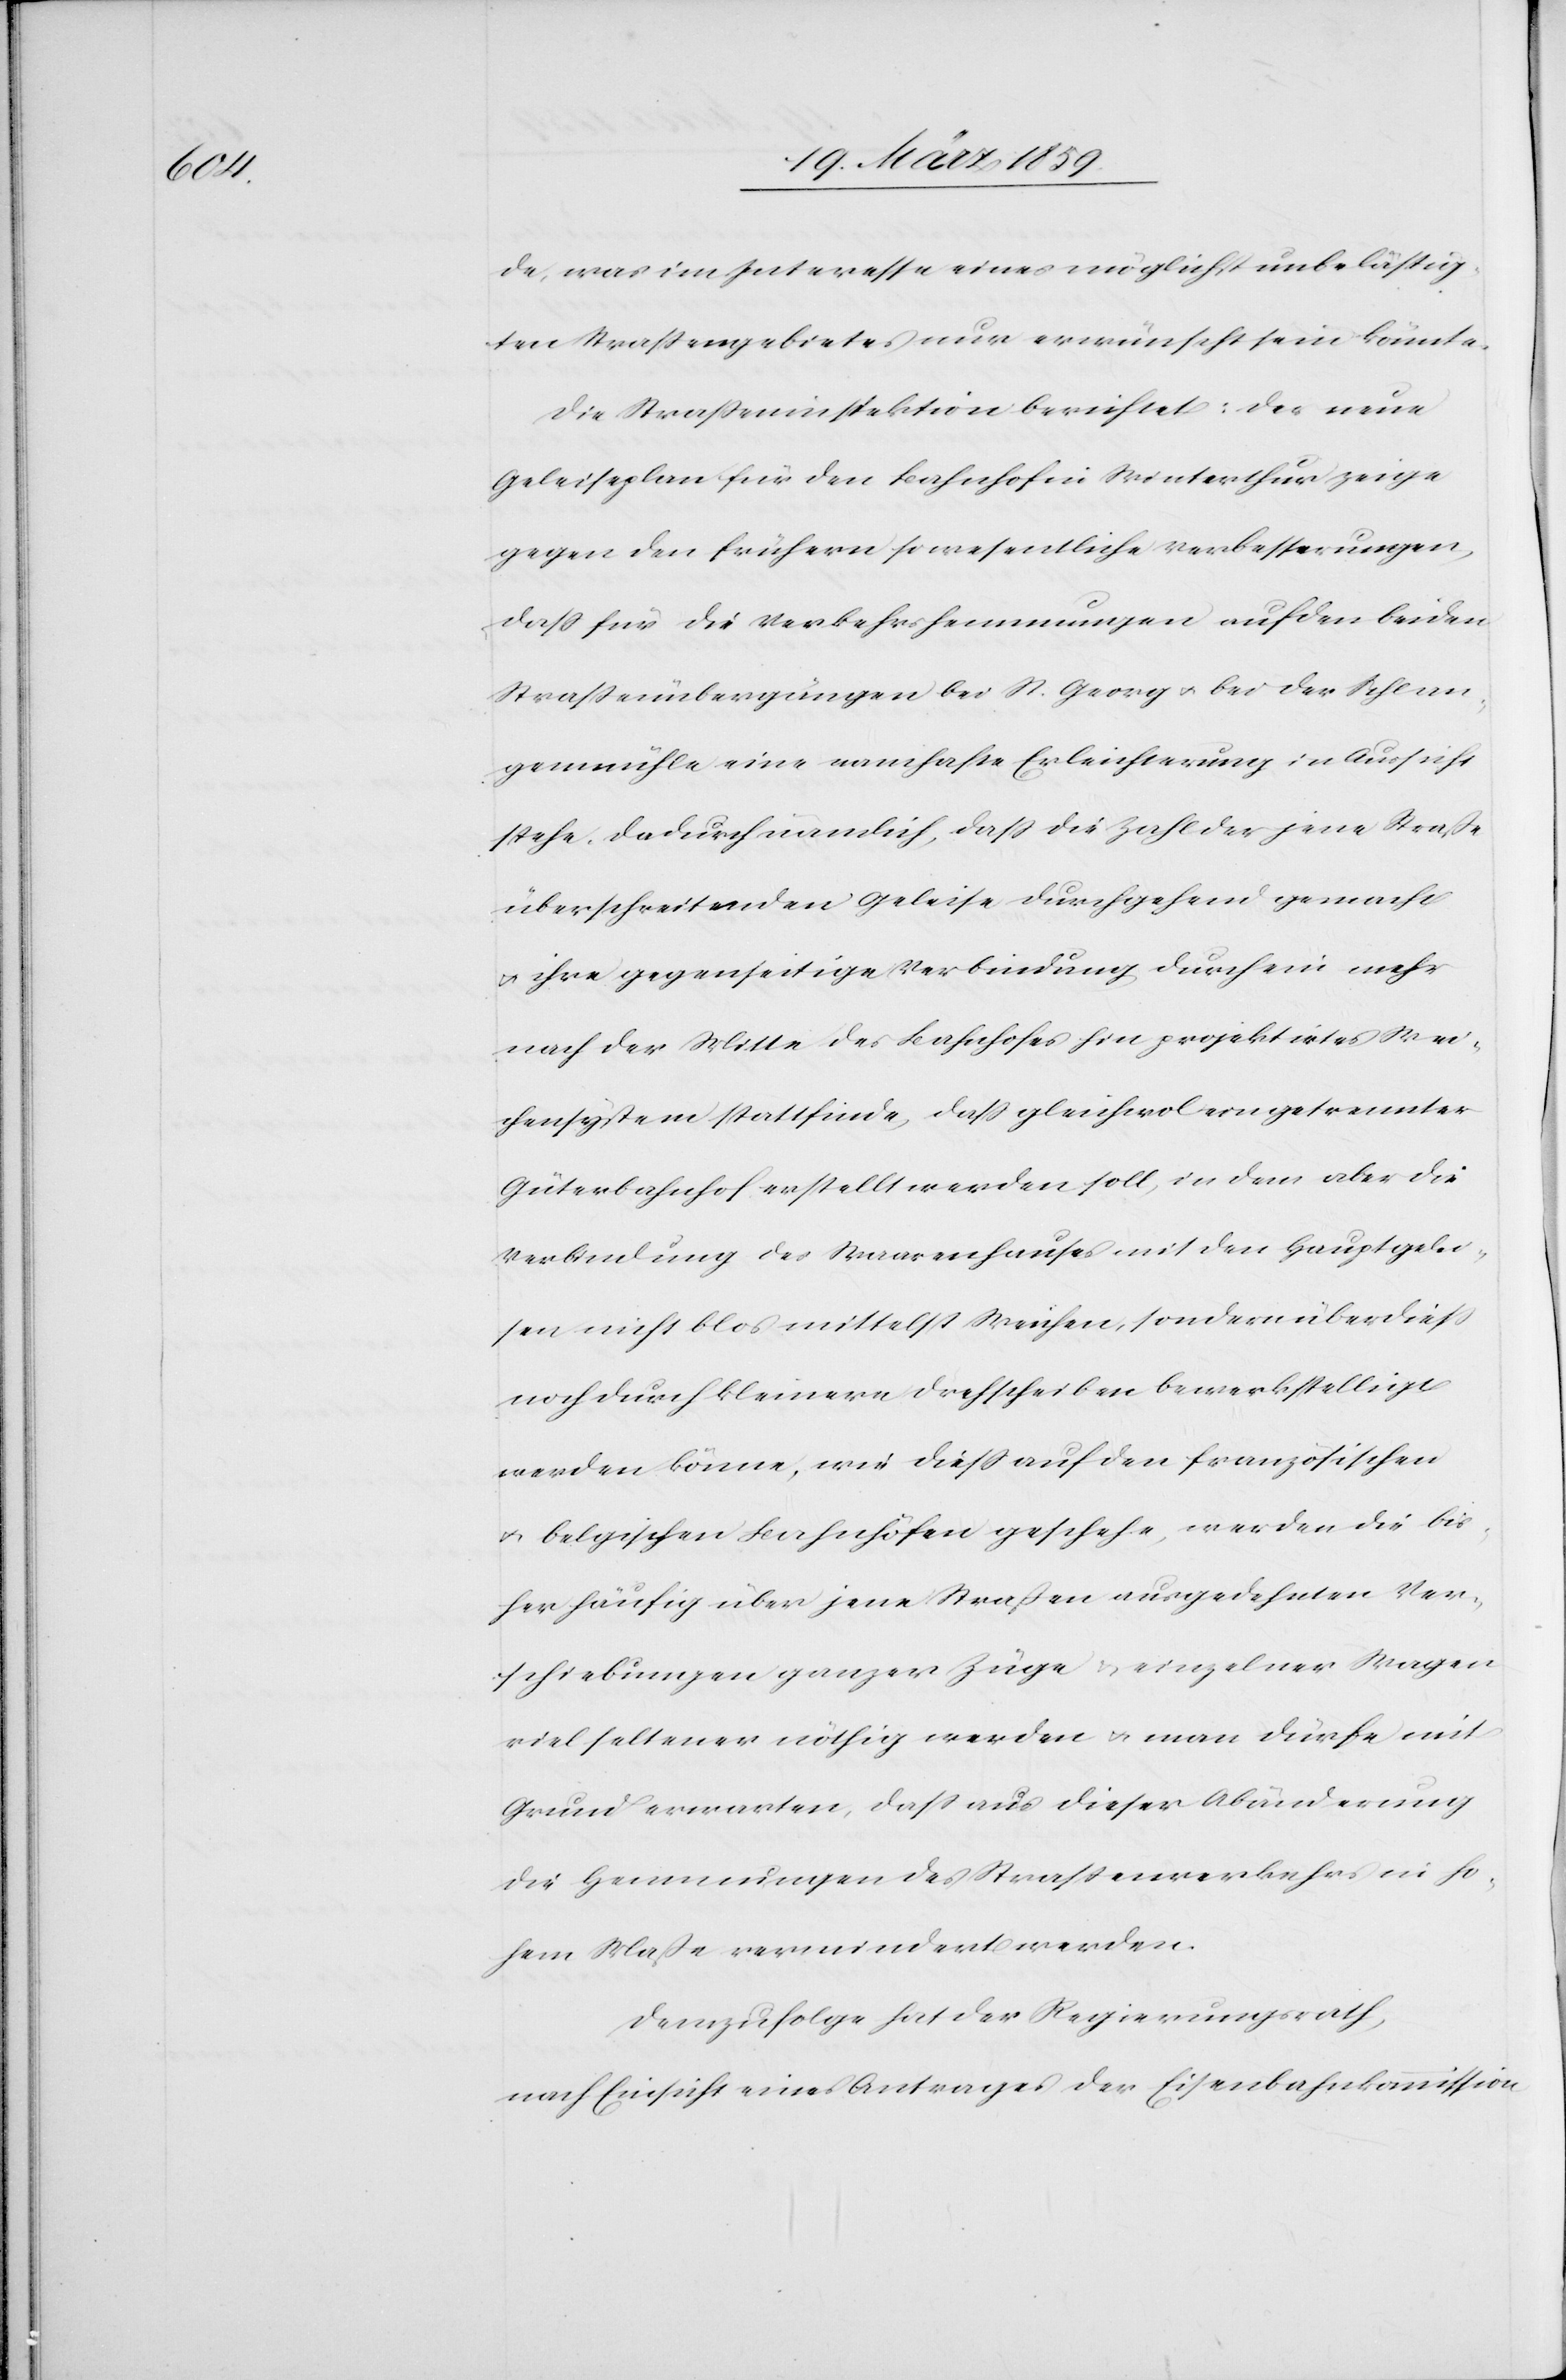
de, was im Interesse eines möglichst unbelästig¬
ten Straßengebietes nur erwünscht sein könnte.
Die Straßeninspektion berichtet: der neue
Geleiseplan für den Bahnhof in Winterthur zeige
gegen den frühern so wesentliche Verbesserungen,
daß für die Verkehrshemmungen auf den beiden
Straßenübergängen bei St. Georg u. bei der Schlan¬
genmühle eine namhafte Erleichterung in Aussicht
stehe. Dadurch nämlich, daß die Zahl der jene Straße
überschreitenden Geleise durchgehend gemacht
u. ihre gegenseitige Verbindung durch ein mehr
nach der Mitte des Bahnhofes hin projektirtes Wei¬
chensystem stattfinde, daß gleichwol ein getrennter
Güterbahnhof erstellt werden soll, in dem aber die
Verbindung des Waarenhauses mit den Hauptgelei¬
sen nicht blos mittelst Weichen, sondern überdieß
noch durch kleinere Drehscheiben bewerkstelligt
werden könne, wie dieß auf den französischen
u. belgischen Bahnhöfen geschehe, werden die bis¬
her häufig über jene Straßen ausgedehnten Ver¬
schiebungen ganzer Züge u. einzelner Wagen
viel seltener nöthig werden u. man dürfe mit
Grund erwarten, daß aus dieser Abänderung
die Hemmungen des Straßenverkehrs in ho¬
hem Maße vermindert werden.
Demzufolge hat der Regierungsrath,
nach Einsicht eines Antrages der Eisenbahnkommission